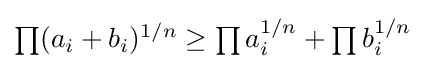
{\textstyle \prod (a_{i}+b_{i})^{1/n}\geq \prod a_{i}^{1/n}+\prod b_{i}^{1/n}}